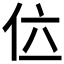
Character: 𠇸